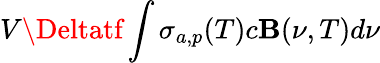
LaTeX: V\Deltatf\int\sigma_{a,p}(T)c\mathbf{B}(\nu,T)d\nu